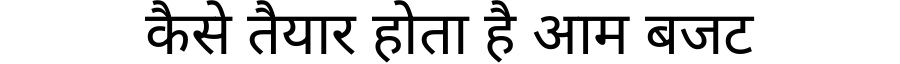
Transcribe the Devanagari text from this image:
कैसे तैयार होता है आम बजट